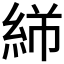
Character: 𬗓